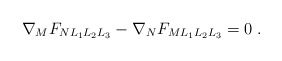
\begin{align*}\nabla_M F_{NL_1L_2L_3}- \nabla_NF_{ML_1L_2L_3}=0~.\end{align*}